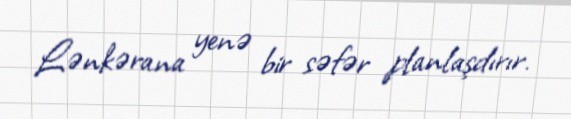
Lənkərana yenə bir səfər planlaşdırır.